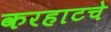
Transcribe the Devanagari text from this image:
करहाटचे